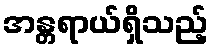
အန္တရာယ်ရှိသည့်